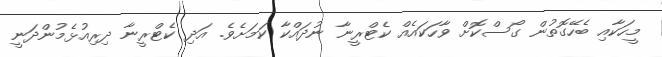
މީހަކާއި ބެހޭގޮތުން ގޯސްކޮށް ވާހަކައެއް ކެޓްރީނާ ނުދައްކާ ކަމަށެވެ. އަދި ކެޓްރީނާ ދިރިއުޅެމުންދަނީ